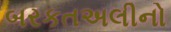
બરકતઅલીનો